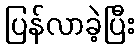
ပြန်လာခဲ့ပြီး